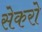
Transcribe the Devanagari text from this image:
सेकरो